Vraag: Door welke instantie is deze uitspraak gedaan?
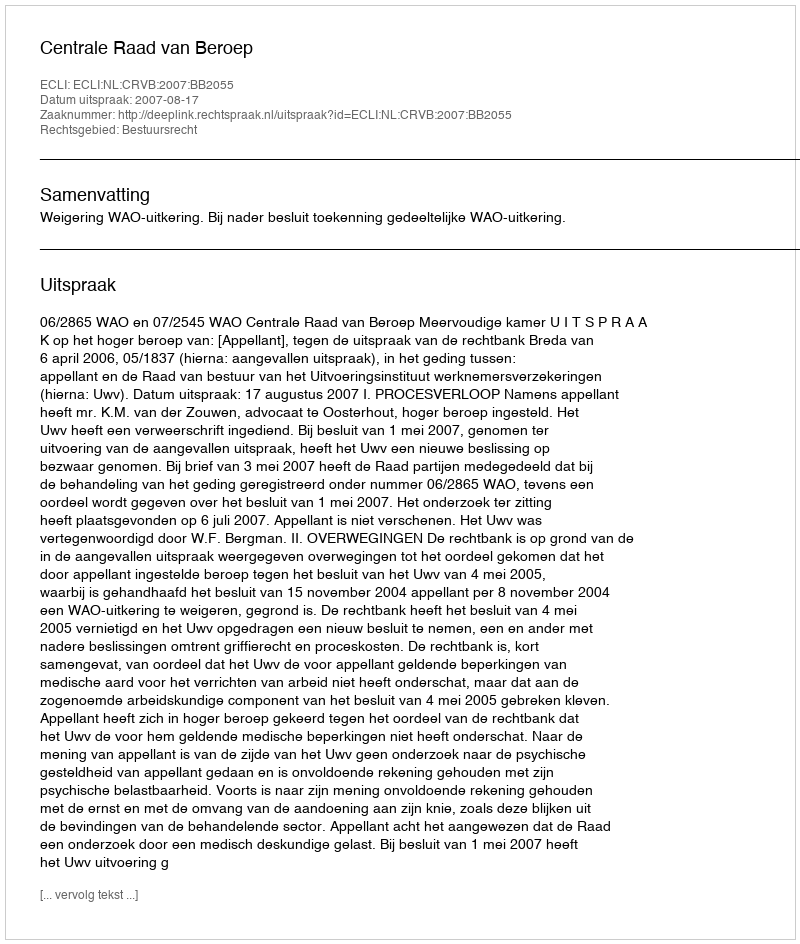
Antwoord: Centrale Raad van Beroep